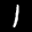
Label: 1